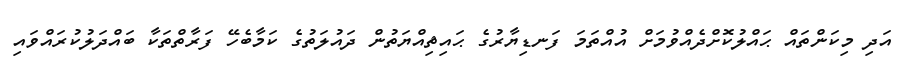
އަދި މިކަންތައް ޙައްލުކޮށްދެއްވުމަށް އުއްތަމަ ފަނޑިޔާރުގެ ޙައިޘިއްޔަތުން ދައުލަތުގެ ކަމާބެހޭ ފަރާތްތަކާ ބައްދަލުކުރައްވައި